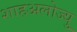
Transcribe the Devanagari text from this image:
शाहअलोज्यु